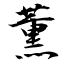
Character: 薫